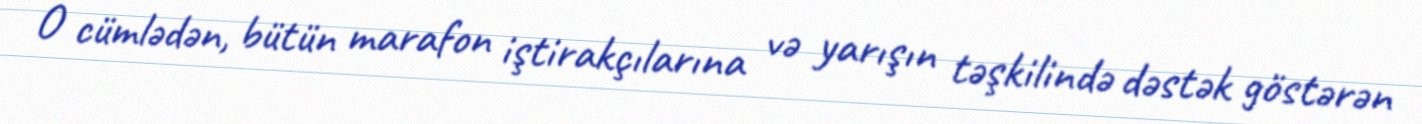
O cümlədən, bütün marafon iştirakçılarına və yarışın təşkilində dəstək göstərən